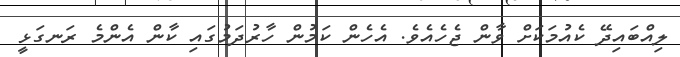
ލިއްބައިދޭ ކެއުމަކަށް ވާން ޖެހެއެވެ. އެހެން ކަމުން ހާރުދަމުގައި ކާން އެންމެ ރަނގަޅީ